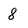
Character: 8